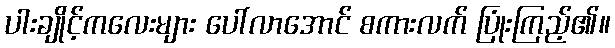
ပါးချိုင့်ကလေးများ ပေါ်လာအောင် စကားလက် ပြုံးကြည့်၏။